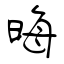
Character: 晦